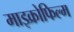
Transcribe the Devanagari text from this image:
माइक्रोफिल्‍म